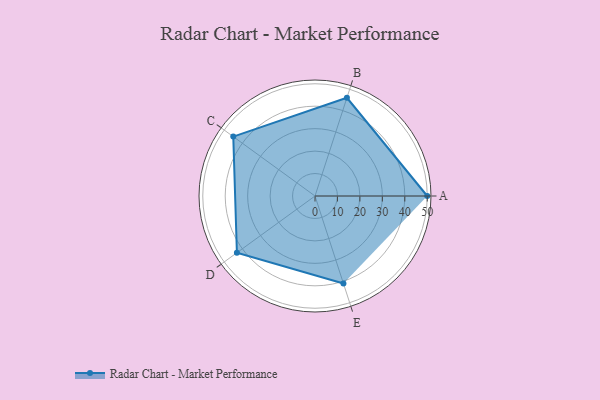
{"axis": {"x": "Skill", "y": "Score"}, "legend": ["Profile"], "data": [{"x": "A", "y": 50.0, "type": "Profile"}, {"x": "B", "y": 46.0, "type": "Profile"}, {"x": "C", "y": 45.0, "type": "Profile"}, {"x": "D", "y": 43.0, "type": "Profile"}, {"x": "E", "y": 41.0, "type": "Profile"}]}